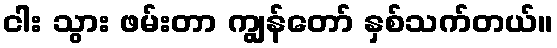
ငါး သွား ဖမ်းတာ ကျွန်တော် နှစ်သက်တယ်။